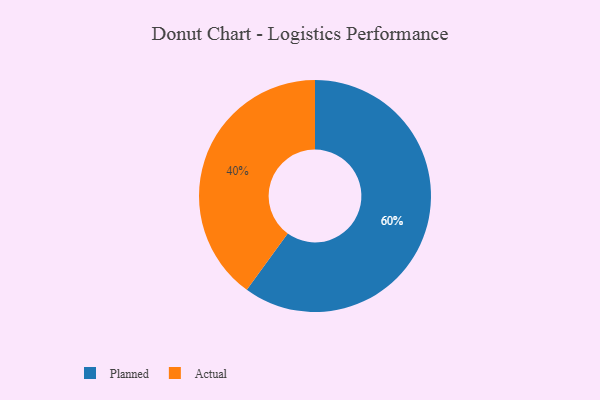
{"axis": {"x": "Category", "y": "Percentage"}, "legend": ["Actual", "Planned"], "data": [{"x": "Planned", "y": 60, "type": "Planned"}, {"x": "Actual", "y": 40, "type": "Actual"}]}